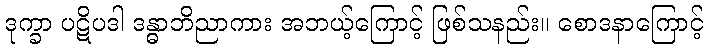
ဒုက္ခာ ပဋိပဒါ ဒန္ဓာဘိညာကား အဘယ့်ကြောင့် ဖြစ်သနည်း။ စောဒနာကြောင့်